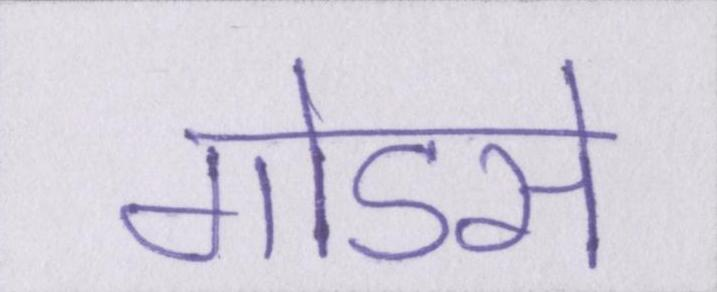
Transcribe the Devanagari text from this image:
गोडसे